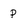
Character: p